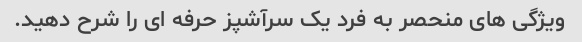
ویژگی های منحصر به فرد یک سرآشپز حرفه ای را شرح دهید.